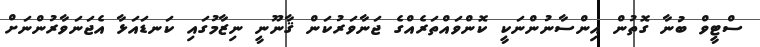
ސްޓީވް ބުނާ ގޮތުން އިންސާނުންނަކީ ކޮންވައްތަރެއްގެ ޖަނާވަރުކަން ޤާނޫނީ ނިޒާމުގައި ކަނޑައަޅާ އެޖަނަވާރުންނަށް